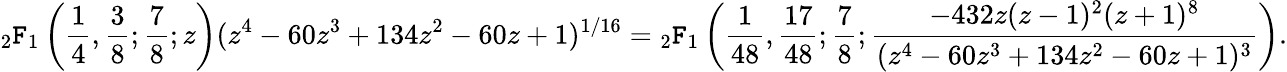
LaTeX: {}_{2}\mathtt{F}_{1}\left({\frac{{1}}{{4}}},{\frac{{3}}{{8}}};{\frac{{7}}{{8}}};z\right)(z^{4}-60z^{3}+134z^{2}-60z+1)^{1/16}={}_{2}\mathtt{F}_{1}\left({\frac{{1}}{{48}}},{\frac{{17}}{{48}}};{\frac{{7}}{{8}}};{\frac{{-432z(z-1)^{2}(z+1)^{8}}}{{(z^{4}-60z^{3}+134z^{2}-60z+1)^{3}}}}\right).